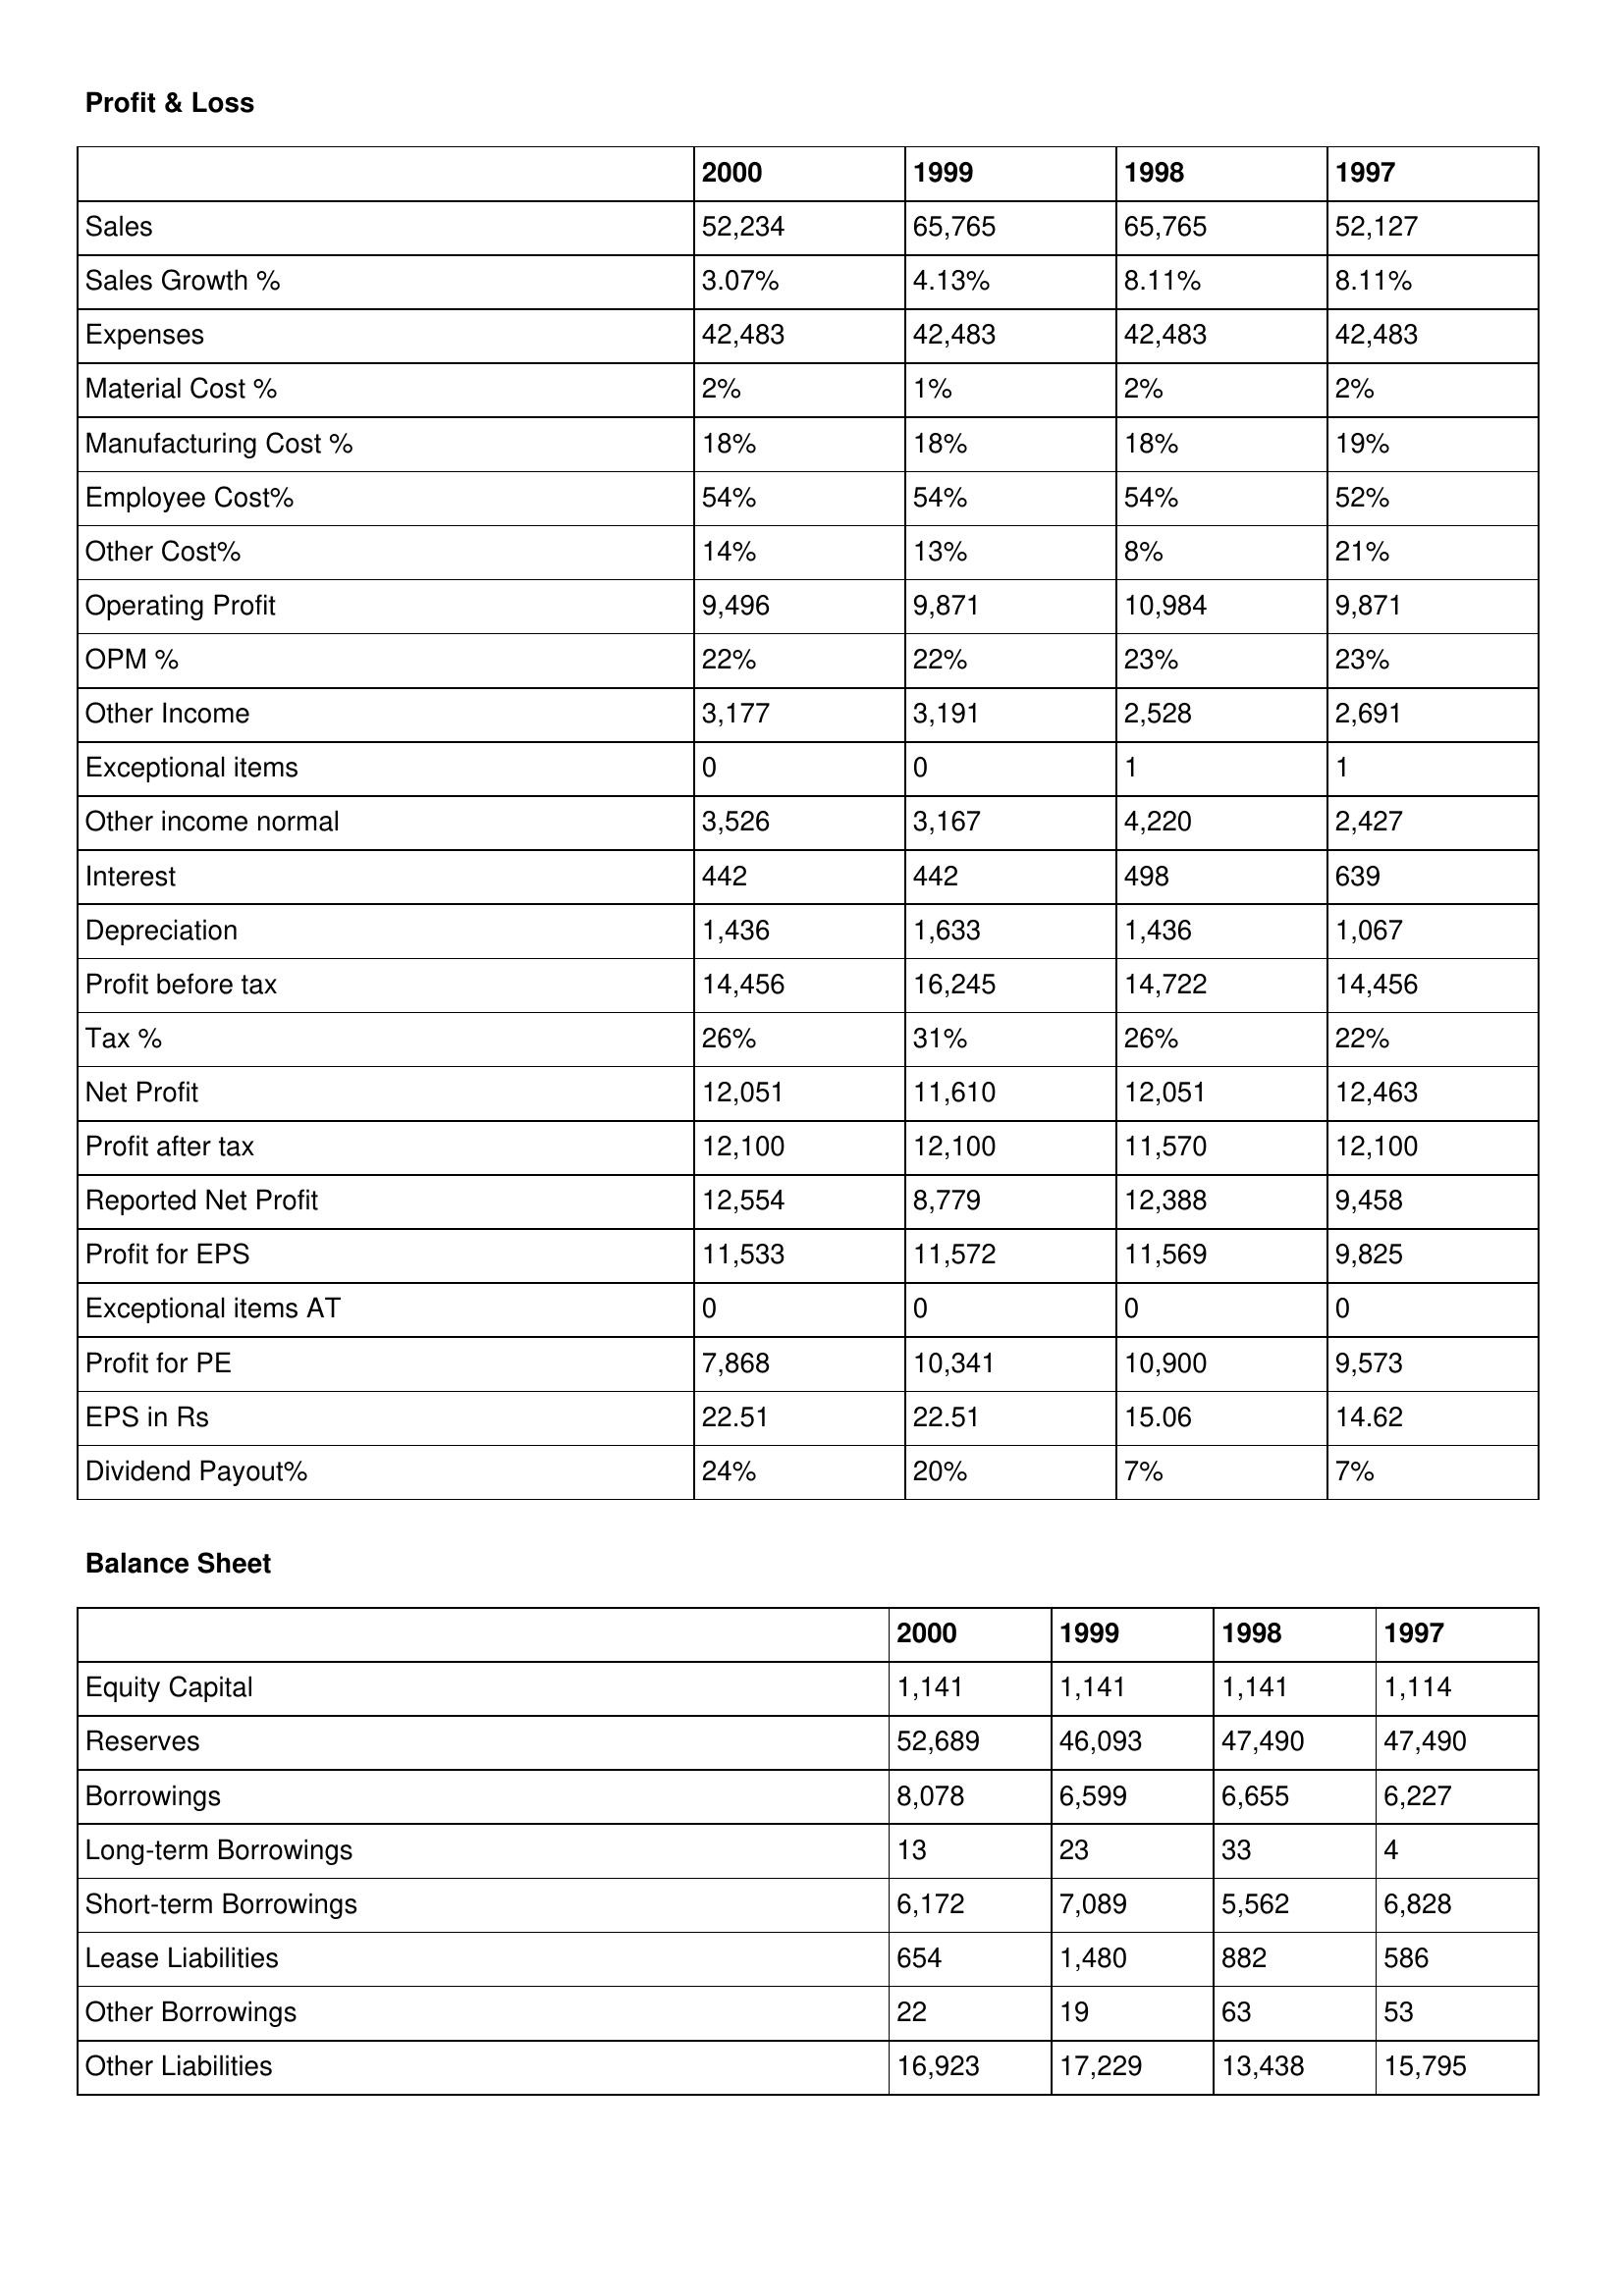
gt_parse: 2000: Profit & Loss: Sales: 52,234
Sales Growth %: 3.07%
Expenses: 42,483
Material Cost %: 2%
Manufacturing Cost %: 18%
Employee Cost%: 54%
Other Cost%: 14%
Operating Profit: 9,496
OPM %: 22%
Other Income: 3,177
Exceptional items: 0
Other income normal: 3,526
Interest: 442
Depreciation: 1,436
Profit before tax: 14,456
Tax %: 26%
Net Profit: 12,051
Profit after tax: 12,100
Reported Net Profit: 12,554
Profit for EPS: 11,533
Exceptional items AT: 0
Profit for PE: 7,868
EPS in Rs: 22.51
Dividend Payout%: 24%
Balance Sheet: Equity Capital: 1,141
Reserves: 52,689
Borrowings: 8,078
Long-term Borrowings: 13
Short-term Borrowings: 6,172
Lease Liabilities: 654
Other Borrowings: 22
Other Liabilities: 16,923
1999: Profit & Loss: Sales: 65,765
Sales Growth %: 4.13%
Expenses: 42,483
Material Cost %: 1%
Manufacturing Cost %: 18%
Employee Cost%: 54%
Other Cost%: 13%
Operating Profit: 9,871
OPM %: 22%
Other Income: 3,191
Exceptional items: 0
Other income normal: 3,167
Interest: 442
Depreciation: 1,633
Profit before tax: 16,245
Tax %: 31%
Net Profit: 11,610
Profit after tax: 12,100
Reported Net Profit: 8,779
Profit for EPS: 11,572
Exceptional items AT: 0
Profit for PE: 10,341
EPS in Rs: 22.51
Dividend Payout%: 20%
Balance Sheet: Equity Capital: 1,141
Reserves: 46,093
Borrowings: 6,599
Long-term Borrowings: 23
Short-term Borrowings: 7,089
Lease Liabilities: 1,480
Other Borrowings: 19
Other Liabilities: 17,229
1998: Profit & Loss: Sales: 65,765
Sales Growth %: 8.11%
Expenses: 42,483
Material Cost %: 2%
Manufacturing Cost %: 18%
Employee Cost%: 54%
Other Cost%: 8%
Operating Profit: 10,984
OPM %: 23%
Other Income: 2,528
Exceptional items: 1
Other income normal: 4,220
Interest: 498
Depreciation: 1,436
Profit before tax: 14,722
Tax %: 26%
Net Profit: 12,051
Profit after tax: 11,570
Reported Net Profit: 12,388
Profit for EPS: 11,569
Exceptional items AT: 0
Profit for PE: 10,900
EPS in Rs: 15.06
Dividend Payout%: 7%
Balance Sheet: Equity Capital: 1,141
Reserves: 47,490
Borrowings: 6,655
Long-term Borrowings: 33
Short-term Borrowings: 5,562
Lease Liabilities: 882
Other Borrowings: 63
Other Liabilities: 13,438
1997: Profit & Loss: Sales: 52,127
Sales Growth %: 8.11%
Expenses: 42,483
Material Cost %: 2%
Manufacturing Cost %: 19%
Employee Cost%: 52%
Other Cost%: 21%
Operating Profit: 9,871
OPM %: 23%
Other Income: 2,691
Exceptional items: 1
Other income normal: 2,427
Interest: 639
Depreciation: 1,067
Profit before tax: 14,456
Tax %: 22%
Net Profit: 12,463
Profit after tax: 12,100
Reported Net Profit: 9,458
Profit for EPS: 9,825
Exceptional items AT: 0
Profit for PE: 9,573
EPS in Rs: 14.62
Dividend Payout%: 7%
Balance Sheet: Equity Capital: 1,114
Reserves: 47,490
Borrowings: 6,227
Long-term Borrowings: 4
Short-term Borrowings: 6,828
Lease Liabilities: 586
Other Borrowings: 53
Other Liabilities: 15,795